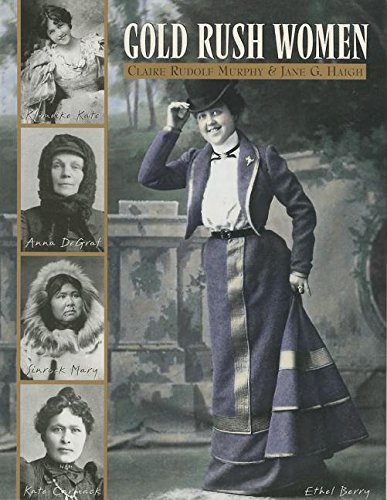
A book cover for Gold Rush Women; Claire Rudolf Murphy; Biographies & Memoirs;